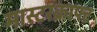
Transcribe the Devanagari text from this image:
मास्टरक्राफ्ट